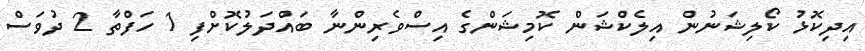
އިދިކޮޅު ކޯލިޝަނުން އިލެކްޝަން ކޮމިޝަންގެ އިސްވެރިންނާ ބައްދަލުކޮށްފި 1 ހަފްތާ 2 ދުވަސް